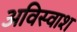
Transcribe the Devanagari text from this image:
अविस्वाश